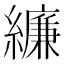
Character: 𦆆